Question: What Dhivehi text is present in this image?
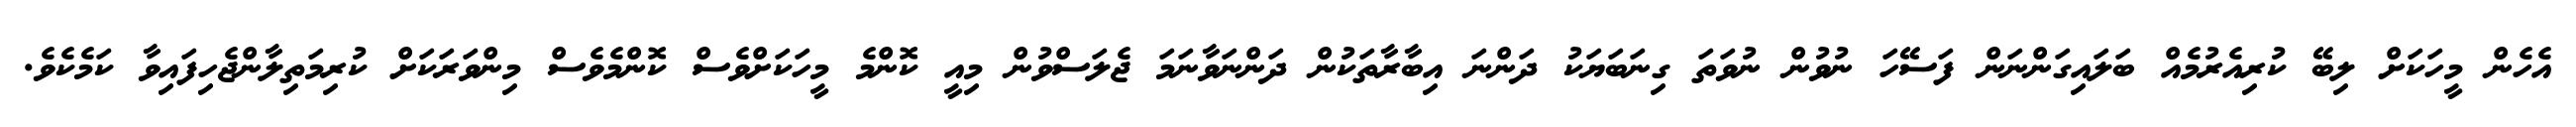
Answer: އެހެން މީހަކަށް ލިބޭ ކުރިއެރުމެއް ބަލައިގަންނަން ފަސޭހަ ނުވުން ނުވަތަ ގިނަބަޔަކު ދަންނަ އިބާރާތަކުން ދަންނަވާނަމަ ޖެލަސްވުން މިއީ ކޮންމެ މީހަކަށްވެސް ކޮންމެވެސް މިންވަރަކަށް ކުރިމަތިލާންޖެހިފައިވާ ކަމެކެވެ.